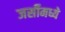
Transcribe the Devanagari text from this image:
जर्सीमध्ये